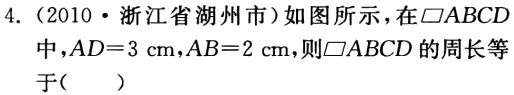
4.（2010·浙江省湖州市）如图所示，在$\square ABCD$中，$AD = 3\mathrm{cm}$，$AB = 2\mathrm{cm}$，则$\square ABCD$的周长等于（  ）